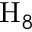
\mathrm { H } _ { 8 }